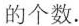
的个数.